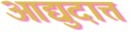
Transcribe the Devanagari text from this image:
आद्युदात्त